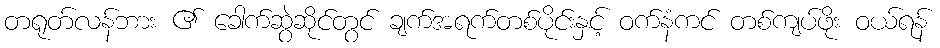
တရုတ်လန်ဘား ၏ ခေါက်ဆွဲဆိုင်တွင် ချက်အရက်တစ်ပိုင်းနှင့် ဝက်နံကင် တစ်ကျပ်ဖိုး ဝယ်ရန်